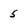
Character: 5